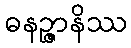
ဓနဉ္ဇာနိဿ